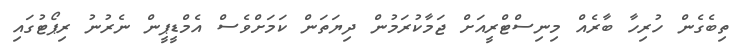
ތިބެގެން ހުރިހާ ބާރެއް މިނިސްޓްރީއަށް ޖަމާކުރަމުން ދިޔަތަން ކަމަށްވެސް އެމްޑީޕީން ނެރުނު ރިޕޯޓުގައި